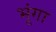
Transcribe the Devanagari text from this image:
भूंगा